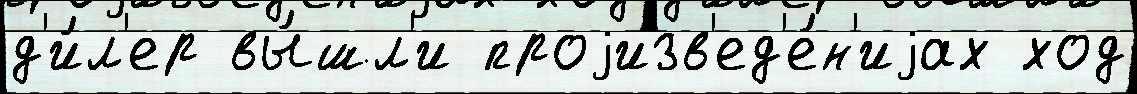
д'и́л'ер вы́шл'и проjизв'ед'е́н'иjах ход